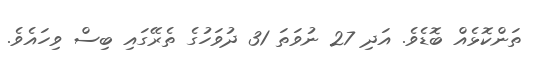
ތަންކޮޅެއް ބޮޑެވެ. އަދި 27 ނުވަތަ 31 ދުވަހުގެ ތެރޭގައި ބިސް ވިހައެވެ.